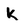
Character: k